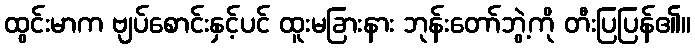
ထွင်းမာက ဗျပ်စောင်းနှင့်ပင် ထူးမခြားနား ဘုန်းတော်ဘွဲ့ကို တီးပြပြန်၏။